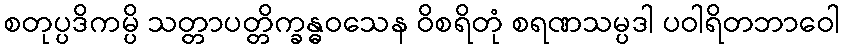
စတုပ္ပဒိကမ္ပိ သတ္တာပတ္တိက္ခန္ဓဝသေန ဝိစရိတုံ စရဏသမ္ပဒါ ပဝါရိတဘာဝေါ